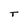
Character: T